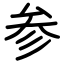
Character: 参